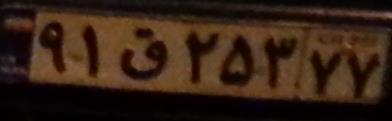
۹۱ق۲۵۳۷۷